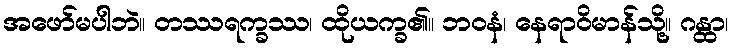
အဖော်မပါဘဲ။ တဿရက္ခဿ၊ ထိုယက္ခ၏။ ဘဝနံ၊ နေရာဝိမာန်သို့။ ဂန္ထာ၊